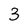
Character: 3